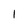
Character: 1